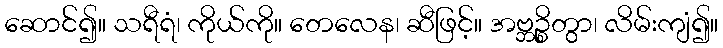
ဆောင်၍။ သရီရံ၊ ကိုယ်ကို။ တေလေန၊ ဆီဖြင့်။ အဗ္ဘဉ္စိတွာ၊ လိမ်းကျံ၍။